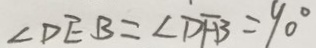
\angle D E B = \angle D F B = 9 0 ^ { \circ }